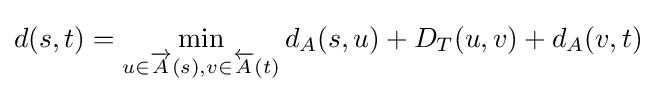
d(s,t)=\min _{u\in {\overrightarrow {A}}(s),v\in {\overleftarrow {A}}(t)}d_{A}(s,u)+D_{T}(u,v)+d_{A}(v,t)